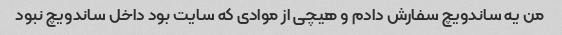
من یه ساندویچ سفارش دادم و هیچی از موادی که سایت بود داخل ساندویچ نبود